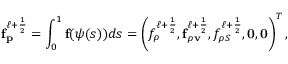
\mathbf { f } _ { \mathbf { p } } ^ { \ell + \frac { 1 } { 2 } } = \int _ { 0 } ^ { 1 } \mathbf { f } ( \boldsymbol { \psi } ( s ) ) d s = \left( f _ { \rho } ^ { \ell + \frac { 1 } { 2 } } , \mathbf { f } _ { \rho \mathbf { v } } ^ { \ell + \frac { 1 } { 2 } } , f _ { \rho S } ^ { \ell + \frac { 1 } { 2 } } , \mathbf { 0 } , \mathbf { 0 } \right) ^ { T } ,